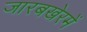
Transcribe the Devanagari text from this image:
जारबखेरमें